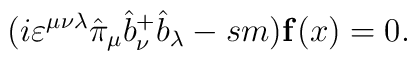
(i\varepsilon^{\mu\nu\lambda}\hat{\pi}_\mu\hat{b}^+_{\nu}\hat{b}_{\lambda}-sm) {\bf f}(x)=0.